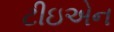
ટીઇએન